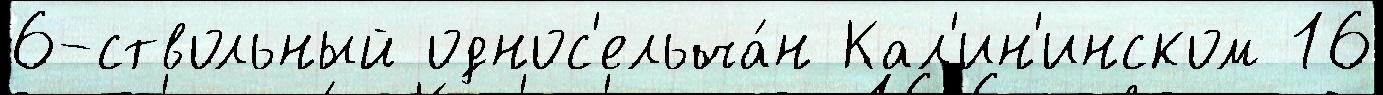
6-ствольный однос'ельча́н Кал'ин'инском 16